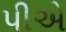
પીએ